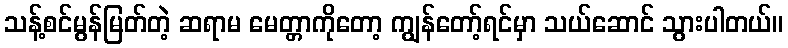
သန့်စင်မွန်မြတ်တဲ့ ဆရာမ မေတ္တာကိုတော့ ကျွန်တော့်ရင်မှာ သယ်ဆောင် သွားပါတယ်။